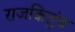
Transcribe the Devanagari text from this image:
राजकितुंब